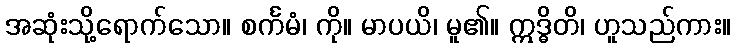
အဆုံးသို့ရောက်သော။ စင်္ကမံ၊ ကို။ မာပယိ၊ မူ၏။ ဣဒ္ဓိတိ၊ ဟူသည်ကား။